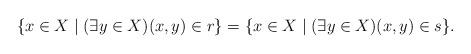
LaTeX: \begin{align*} \{x \in X \mid (\exists y \in X) (x,y) \in r \} = \{x \in X \mid (\exists y \in X) (x,y) \in s \}.\end{align*}